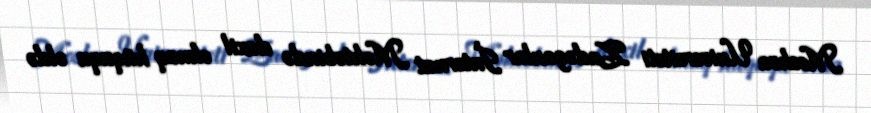
Moskva Universiteti Zadəganlar İnternat Məktəbində daxil olmaq hüququ əldə